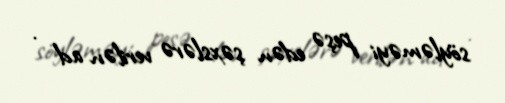
söyləməyi peşə edən şəxslərə verilən ad .